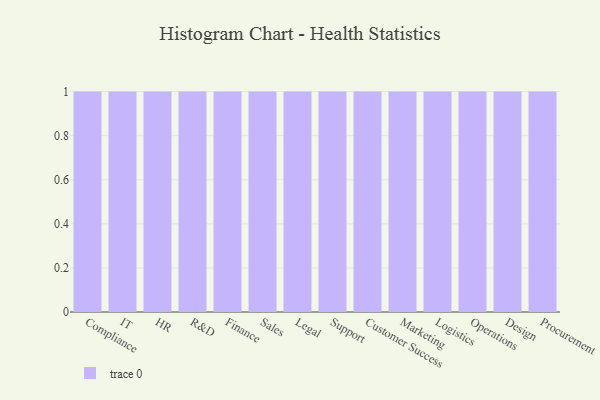
{"axis": {"x": "Department", "y": "Budget (USD K)"}, "legend": [""], "data": [{"x": "Compliance", "y": 90, "type": ""}, {"x": "IT", "y": 27, "type": ""}, {"x": "HR", "y": 44, "type": ""}, {"x": "R&D", "y": 34, "type": ""}, {"x": "Finance", "y": 32, "type": ""}, {"x": "Sales", "y": 31, "type": ""}, {"x": "Legal", "y": 9, "type": ""}, {"x": "Support", "y": 11, "type": ""}, {"x": "Customer Success", "y": 66, "type": ""}, {"x": "Marketing", "y": 1, "type": ""}, {"x": "Logistics", "y": 86, "type": ""}, {"x": "Operations", "y": 7, "type": ""}, {"x": "Design", "y": 26, "type": ""}, {"x": "Procurement", "y": 1, "type": ""}]}